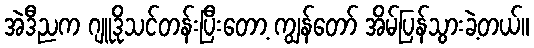
အဲဒီညက ဂျူဒိုသင်တန်းပြီးတော့ ကျွန်တော် အိမ်ပြန်သွားခဲ့တယ်။